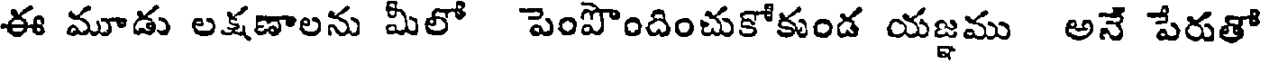
ఈ మూడు లక్షణాలను మీలో పెంపొందించుకోకుండ యజ్ఞము అనే పేరుతో